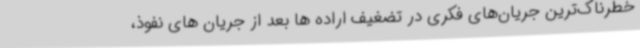
خطرناک‌ترین جریان‌های فکری در تضغیف اراده ها بعد از جریان های نفوذ،